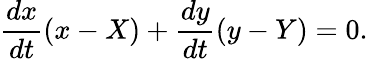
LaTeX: {\frac{dx}{dt}}(x-X)+{\frac{dy}{dt}}(y-Y)=0.